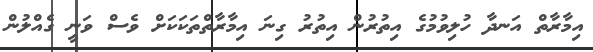
އިމާރާތް އަނދާ ހުލިވުމުގެ އިތުރުން އިތުރު ގިނަ އިމާރާތްތަކަކަށް ވެސް ވަނީ ގެއްލުން